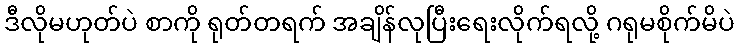
ဒီလိုမဟုတ်ပဲ စာကို ရုတ်တရက် အချိန်လုပြီးရေးလိုက်ရလို့ ဂရုမစိုက်မိပဲ